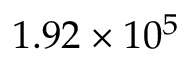
1 . 9 2 \times 1 0 ^ { 5 }